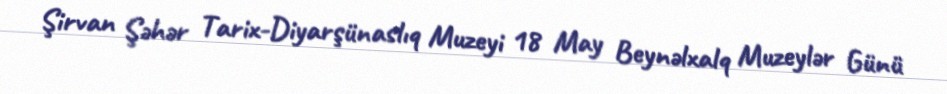
Şirvan Şəhər Tarix-Diyarşünaslıq Muzeyi 18 May Beynəlxalq Muzeylər Günü